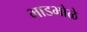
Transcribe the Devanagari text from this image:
भाडभोळे